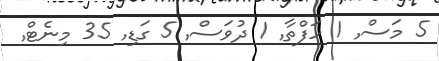
5 މަސް